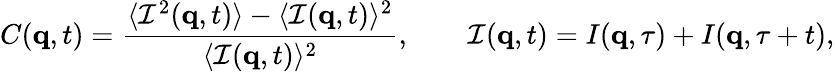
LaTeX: C(\mathbf{q},t)=\frac{\langle\mathcal{I}^{2}(\mathbf{q},t)\rangle-\langle\mathcal{I}(\mathbf{q},t)\rangle^{2}}{\langle\mathcal{I}(\mathbf{q},t)\rangle^{2}},\qquad\mathcal{I}(\mathbf{q},t)=I(\mathbf{q},\tau)+I(\mathbf{q},\tau+t),